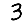
Digit: 3